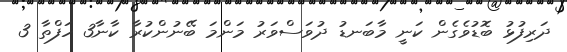
ދަރިފުޅު ބޮޑުވެގެން ކަނީ މާބަނޑު ދުވަސްވަރު މަންމަ ބޭނުންކުރާ ކާނާ3 ހަފްތާ 3